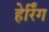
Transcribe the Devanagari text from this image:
हेर्रिंग